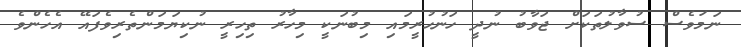
ނަމަވެސް ސުވާލުތަކަށް ޖަވާބު ނުދީ ހަނުހުރީމައި މިބުނަކީ މިހާރު ތިހިރީ ނުކިޔަމަންތެރިވެފައޭ އެހެންވެ